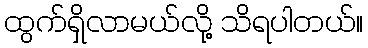
ထွက်ရှိလာမယ်လို့ သိရပါတယ်။